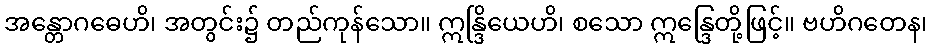
အန္တောဂဓေဟိ၊ အတွင်း၌ တည်ကုန်သော။ ဣန္ဒြိယေဟိ၊ စသော ဣန္ဒြေတို့ဖြင့်။ ဗဟိဂတေန၊